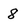
Character: 8